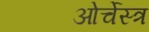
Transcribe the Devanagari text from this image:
ओर्चेस्त्र